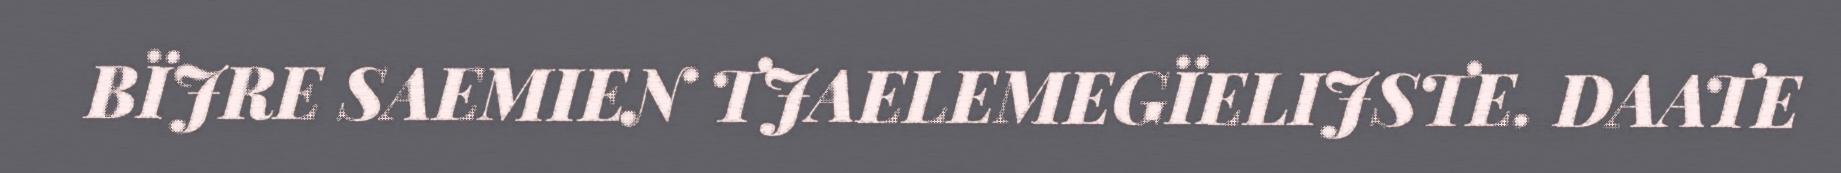
BÏJRE SAEMIEN TJAELEMEGÏELIJSTE. DAATE